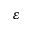
\varepsilon